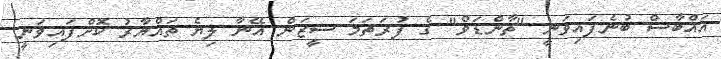
އައްބާސް ބުނެފައިވަނީ "ތާންޑަވް" ގެ ފުރަތަމަ ސީޒަން އޭނާ ލިޔެ ތައްޔާރު ކޮށްފައިވަނީ